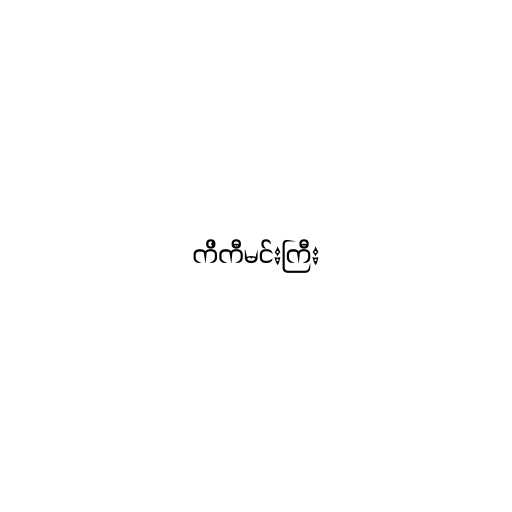
ကိကီမင်းကြီး